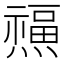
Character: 𤑏